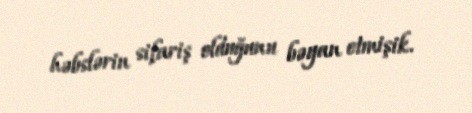
həbslərin sifariş olduğunu bəyan etmişik.